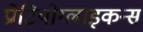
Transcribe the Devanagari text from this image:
प्रोटियोग्लाइकन्स